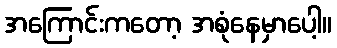
အကြောင်းကတော့ အစုံနေမှာပေါ့။